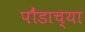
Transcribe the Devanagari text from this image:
पौंडाच्या